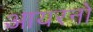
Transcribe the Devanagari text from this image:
आयरनों